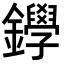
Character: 𨯰